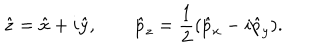
\hat { z } = \hat { x } + i \hat { y } , \qquad \hat { p } _ { z } = \frac { 1 } { 2 } ( \hat { p } _ { x } - i \hat { p } _ { y } ) .